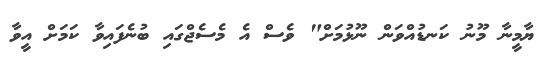
ޔާމީނާ މޫނު ކަނޑުއްވަން ނޫޅުމަށް" ވެސް އެ މެސެޖްގައި ބުނެފައިވާ ކަމަށް އީވާ